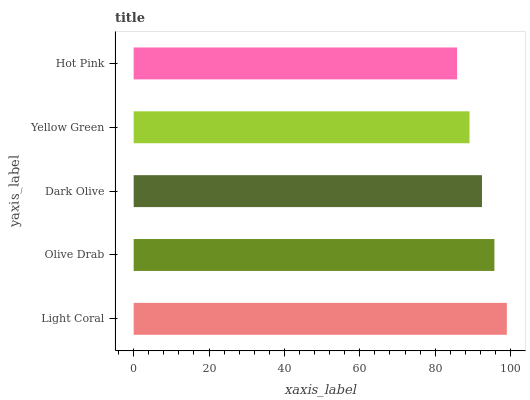
| yaxis_label | bars |
 | --- | --- |
 | Light Coral | 99 |
 | Olive Drab | 95.7 |
 | Dark Olive | 92.4 |
 | Yellow Green | 89.1 |
 | Hot Pink | 85.8 |